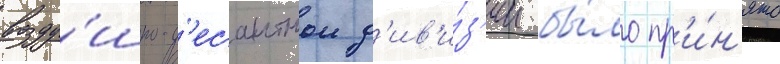
возду́шно-д'есантнои д'ив'и́з'ии бы́ло пр'и́н'ято